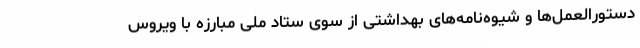
دستورالعمل‌ها و شیوه‌نامه‌های بهداشتی از سوی ستاد ملی مبارزه با ویروس